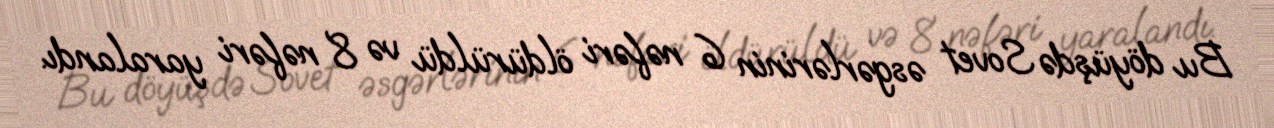
Bu döyüşdə Sovet əsgərlərinin 6 nəfəri öldürüldü və 8 nəfəri yaralandı.